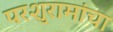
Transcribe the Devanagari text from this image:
परशुरामांचा